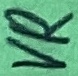
Text: VR